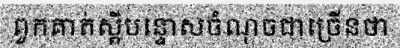
ពួកគាត់ស្តីបន្ទោសចំណុចជាច្រើនថា